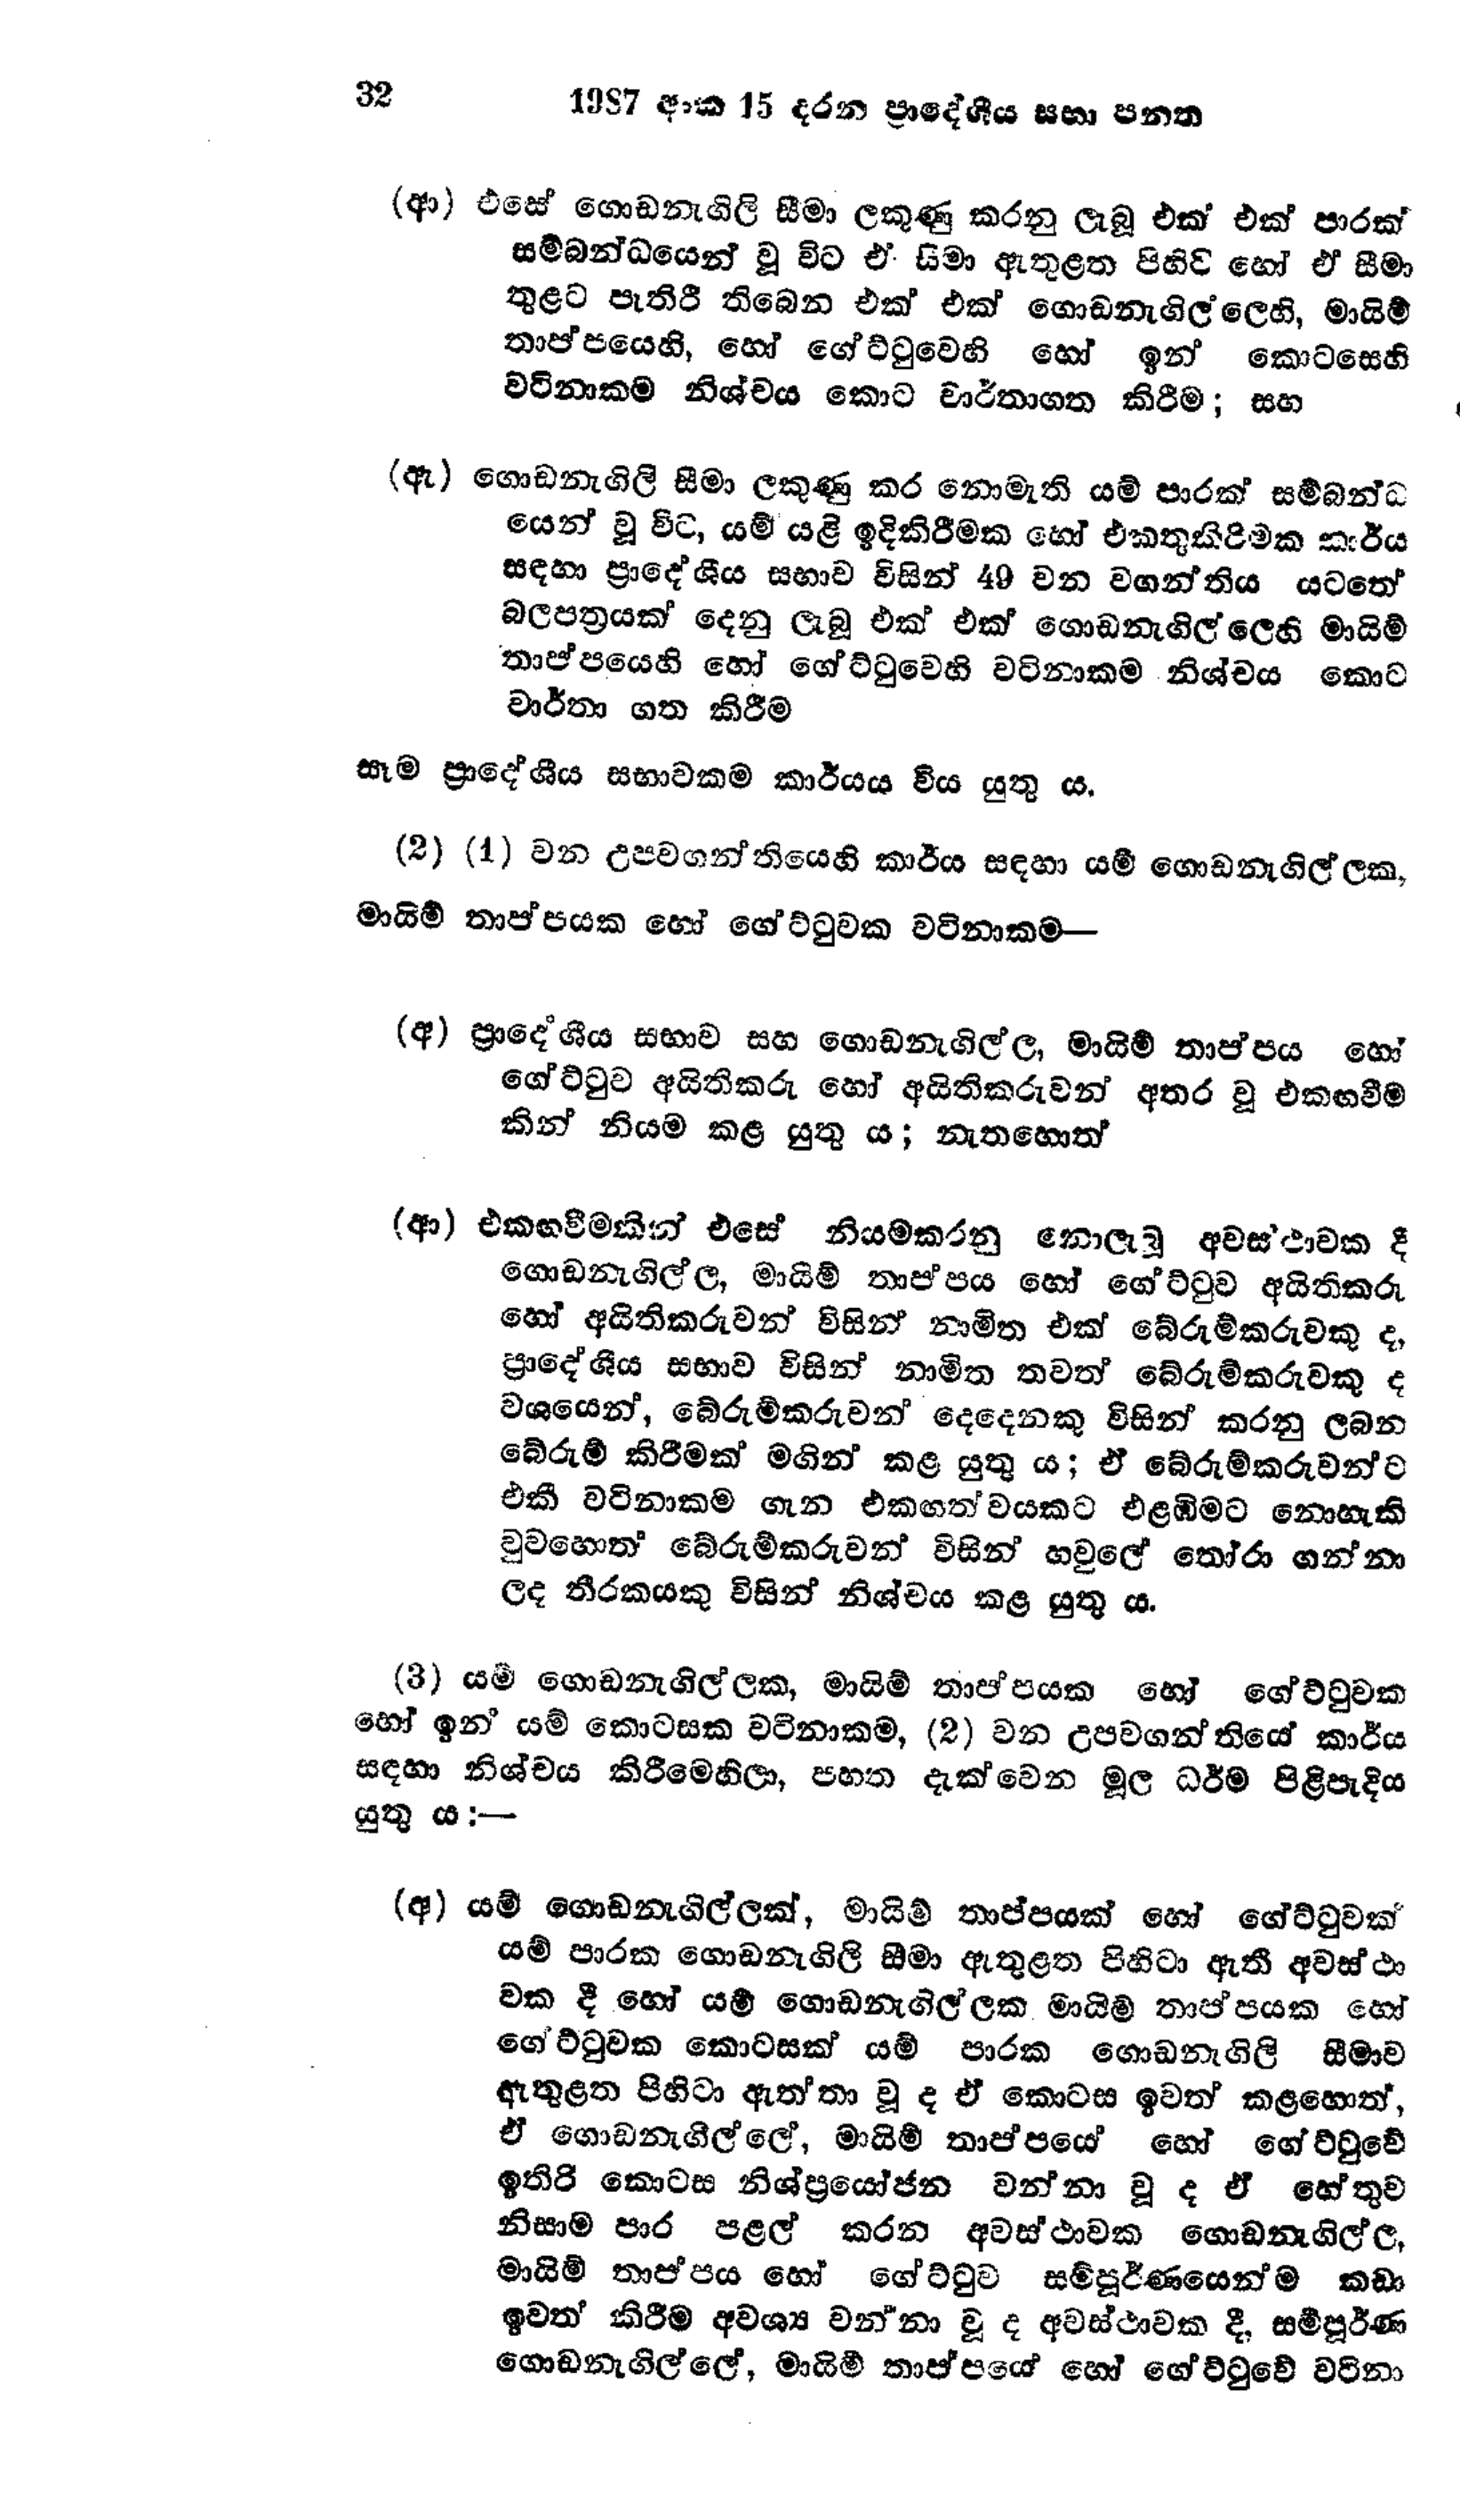
32 1987 අංක 15 දරන ප්‍රාදේශීය සභා පනත

(ආ) එසේ ගොඩනැගිලි සීමා ලකුණු කරනු ලැබූ එක් එක් පාරක්
සම්බන්ධයෙන් වූ විට ඒ සීමා ඇතුළත පිහිටි හෝ ඒ සීමා
තුළට පැතිරී තිබෙන එක් එක් ගොඩනැගිල්ලෙහි, මායිම්
තාප්පයෙහි, හෝ ගේට්ටුවෙහි හෝ ඉන් කොටසෙහි
වටිනාකම නිශ්චය කොට වාර්තාගත කිරීම; සහ

(ඇ) ගොඩනැගිලි සීමා ලකුණු කර නොමැති යම් පාරක් සම්බන්ධ
යෙන් වූ විට, යම් යළි ඉදිකිරීමක හෝ එකතු කිරිමක කාර්ය
සඳහා ප්‍රාදේශීය සභාව විසින් 49 වන වගන්තිය යටතේ
බලපත්‍රයක් දෙනු ලැබූ එක් එක් ගොඩනැගිල්ලෙහි මායිම්
තාප්පයෙහි හෝ ගේට්ටුවෙහි වටිනාකම නිශ්චය කොට
වාර්තා ගත කිරීම

සෑම ප්‍රාදේශීය සභාවකම කාර්යය විය යුතු ය.

(2) (1) වන උපවගන්තියෙහි කාර්ය සඳහා යම් ගොඩනැගිල්ලක,
මායිම් තාප්පයක හෝ ගේට්ටුවක වටිනාකම —

(අ) ප්‍රාදේශීය සභාව සහ ගොඩනැගිල්ල, මායිම් තාප්පය හෝ
ගේට්ටුව අයිතිකරු හෝ අයිතිකරුවන් අතර වූ එකඟවීම
කින් නියම කළ යුතු ය; නැතහොත්

(ආ) එකඟවීමකින් එසේ නියම කරනු නොලැබූ අවස්ථාවක දී
ගොඩනැගිල්ල, මායිම් තාප්පය හෝ ගේට්ටුව අයිතිකරු
හෝ අයිතිකරුවන් විසින් නාමිත එක් බේරුම්කරුවකු ද,
ප්‍රාදේශීය සභාව විසින් නාමිත තවත් බේරුම්කරුවකු ද
වශයෙන්, බේරුම්කරුවන් දෙදෙනකු විසින් කරනු ලබන
බේරුම් කිරීමක් මගින් කළ යුතු ය; ඒ බේරුම් කරුවන්ට
එකී වටිනාකම ගැන එකඟත්වයකට එළඹීමට නොහැකි
වුවහොත බේරුම් කරුවන් විසින් හවුලේ තෝරා ගන්නා
ලද තීරකයකු විසින් නිශ්චය කළ යුතු ය.

(3) යම් ගොඩනැගිල්ලක, මායිම් තාප්පයක් හෝ හෝ ගේට්ටුවක්
හෝ ඉන් යම් කොටසක වටිනාකම, (2) වන උපවගන්තියේ කාර්ය
සඳහා නිශ්චය කිරීමෙහිලා, පහත දැක්වෙන මූල ධර්ම පිළිපැදිය
යුතු ය:-

(අ) යම් ගොඩනැගිල්ලක්, මායිම් තාප්පයක් හෝ ගේට්ටුවක්
යම් පාරක ගොඩනැගිලි සීමා ඇතුළත පිහිටා ඇති අවස්ථා
වක දී හෝ යම් ගොඩනැගිල්ලක මායිම් තාප්පයක හෝ
ගේට්ටුවක කොටසක් යම් පාරක ගොඩනැගිලි සීමාව
ඇතුළත පිහිටා ඇත්තා වූ ද ඒ කොටස ඉවත් කළහොත්,
ඒ ගොඩනැගිල්ලේ, මායිම් තාප්පයෙ හෝ ගේට්ටුවේ
ඉතිරි කොටස නිශ්ප්‍රයෝජන වන්නා වූද ඒ හේතුව
නිසාම පාර පළල් කරන අවස් ථාවක ගොඩනැගිල්ල,
මායිම් තාප්පය හෝ ගේට්ටුව සම්පුර්ණයෙන්ම කඩා
ඉවත් කිරීම අවශ්‍ය වන්නා වූද අවස්ථාවක දී, සම්පුර්ණ
ගොඩනැගිල්ලේ, මායිම් තාප්පයේ හෝ ගේට්ටුවේ වටිනා